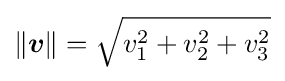
\|{\boldsymbol {v}}\|={\sqrt {v_{1}^{2}+v_{2}^{2}+v_{3}^{2}}}